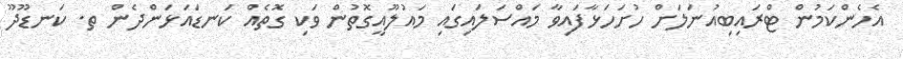
އެހެންކަމުން ޓްރައިބިއުނަލަށް ހުށަހަޅާފައިވާ މައްސަލައިގައި މައުލޫއީގޮތުން ވަކި ގޮތެއް ކަނޑައަޅަންދެން ތ. ކަނޑޫދޫ